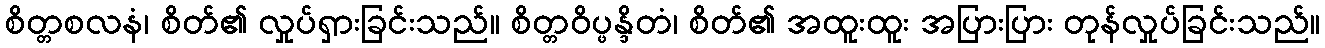
စိတ္တစလနံ၊ စိတ်၏ လှုပ်ရှားခြင်းသည်။ စိတ္တဝိပ္ဖန္ဒိတံ၊ စိတ်၏ အထူးထူး အပြားပြား တုန်လှုပ်ခြင်းသည်။